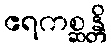
ဧရကစ္ဆန္တိ